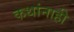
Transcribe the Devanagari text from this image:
कथांनाही